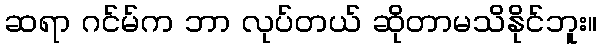
ဆရာ ဂင်မ်က ဘာ လုပ်တယ် ဆိုတာမသိနိုင်ဘူး။